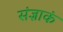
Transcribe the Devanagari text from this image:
संज्ञाकं